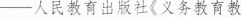
--人民教育出版社《义务教育教